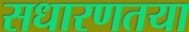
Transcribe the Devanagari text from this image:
सधारणतया